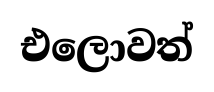
එලොවත්